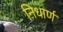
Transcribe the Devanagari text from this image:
निधार्ण